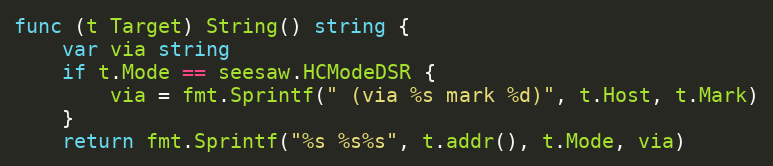
Language: Go
func (t Target) String() string {
	var via string
	if t.Mode == seesaw.HCModeDSR {
		via = fmt.Sprintf(" (via %s mark %d)", t.Host, t.Mark)
	}
	return fmt.Sprintf("%s %s%s", t.addr(), t.Mode, via)